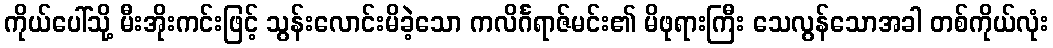
ကိုယ်ပေါ်သို့ မီးအိုးကင်းဖြင့် သွန်းလောင်းမိခဲ့သော ကလိင်္ဂရာဇ်မင်း၏ မိဖုရားကြီး သေလွန်သောအခါ တစ်ကိုယ်လုံး